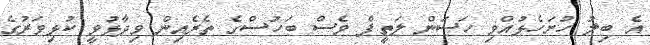
އެ ބިލު ހުށަހެޅުއްވި ހަސަން ލަތީފް ވެސް ބަހުސްގެ ތެރެއިން ވިދާޅުވީ ކުޅިވަރުގެ